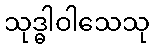
သုဒ္ဓါဝါသေသု